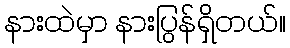
နားထဲမှာ နားပြွန်ရှိတယ်။